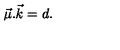
{ \vec { \mu } } . { \vec { k } } = d .